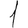
Digit: 1